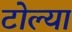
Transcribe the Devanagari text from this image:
टोल्या